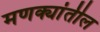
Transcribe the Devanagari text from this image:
मणक्यांतील